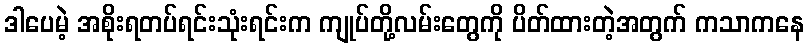
ဒါပေမဲ့ အစိုးရတပ်ရင်းသုံးရင်းက ကျုပ်တို့လမ်းတွေကို ပိတ်ထားတဲ့အတွက် ကသာကနေ